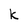
Character: k